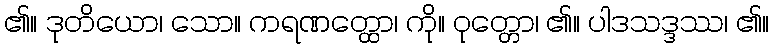
၏။ ဒုတိယော၊ သော။ ကရဏတ္ထော၊ ကို။ ဝုတ္တော၊ ၏။ ပါဒသဒ္ဒဿ၊ ၏။